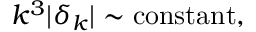
k ^ { 3 } \vert \delta _ { k } \vert \sim \mathrm { c o n s t a n t } ,